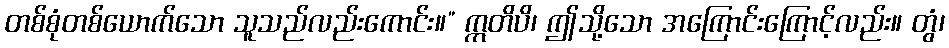
တစ်စုံတစ်ယောက်သော သူသည်လည်းကောင်း။” ဣတိပိ၊ ဤသို့သော အကြောင်းကြောင့်လည်း။ တွံ၊